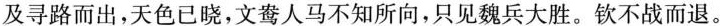
及寻路而出，天色已晓，文鸯人马不知所向，只见魏兵大胜。钦不战而退。